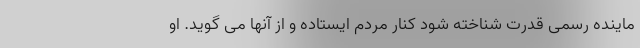
ماینده رسمی قدرت شناخته شود کنار مردم ایستاده و از آنها می گوید. او